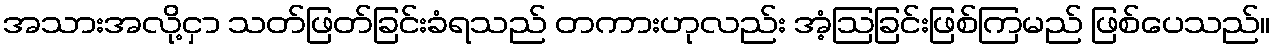
အသားအလို့ငှာ သတ်ဖြတ်ခြင်းခံရသည် တကားဟုလည်း အံ့ဩခြင်းဖြစ်ကြမည် ဖြစ်ပေသည်။